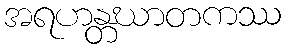
အရဟန္တဃာတကဿ